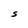
Character: S